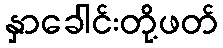
နှာခေါင်းတို့ဖတ်